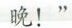
晚！”